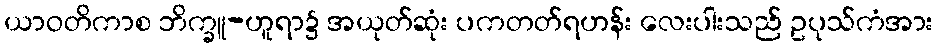
ယာဝတိကာစ ဘိက္ခူ-ဟူရာ၌ အယုတ်ဆုံး ပကတတ်ရဟန်း လေးပါးသည် ဥပုသ်ကံအား